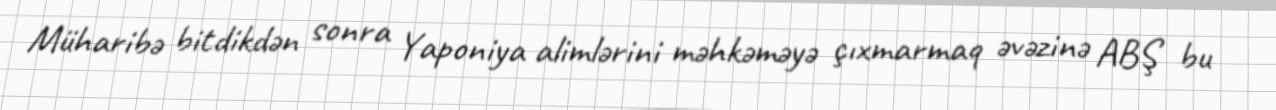
Müharibə bitdikdən sonra Yaponiya alimlərini məhkəməyə çıxmarmaq əvəzinə ABŞ bu